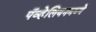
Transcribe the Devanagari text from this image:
पॅव्हेलियनमध्ये